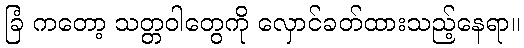
ခြံ ကတော့ သတ္တဝါတွေကို လှောင်ခတ်ထားသည့်နေရာ။